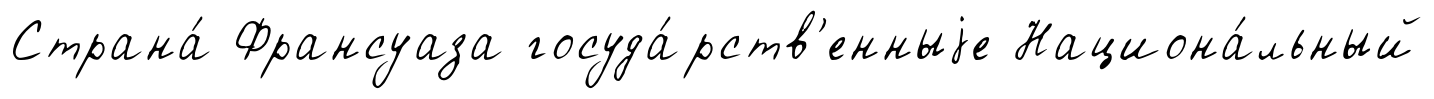
Страна́ Франсуаза госуда́рств'енныjе Национа́льный